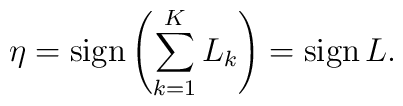
\eta={\rm sign}\left(\sum_{k=1}^KL_k\right)={\rm sign}\,L.